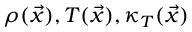
\rho ( \vec { x } ) , T ( \vec { x } ) , \kappa _ { T } ( \vec { x } )